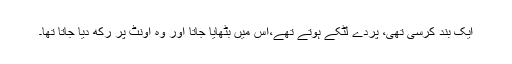
ایک بند کرسی تھی، پردے لٹکے ہوتے تھے،اس میں بٹھایا جاتا اور وہ اونٹ پر رکھ دیا جاتا تھا۔